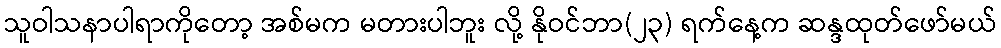
သူဝါသနာပါရာကိုတော့ အစ်မက မတားပါဘူး လို့ နိုဝင်ဘာ(၂၃) ရက်နေ့က ဆန္ဒထုတ်ဖော်မယ်